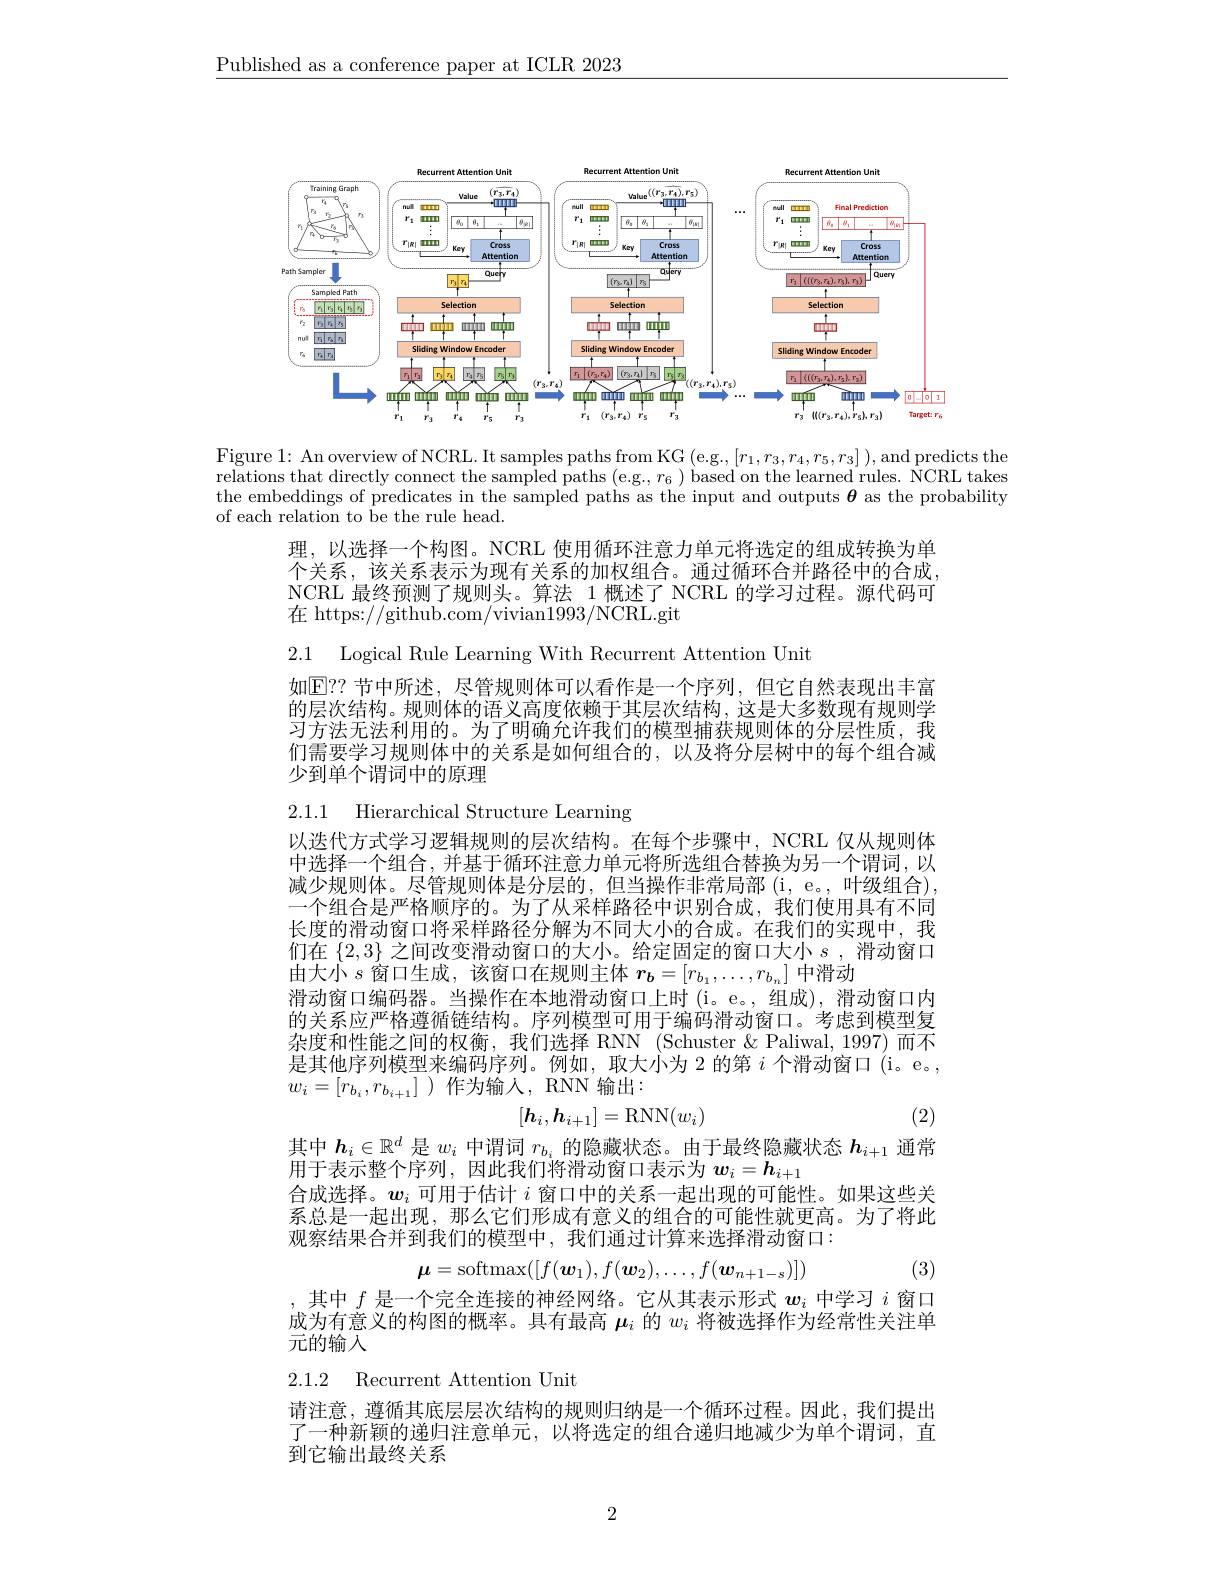
$\underline{\text{Published as a conference paper at ICLR 2023}}$

<FigureHere>

relations that directly connect the sampled paths (e.g., $r_6)$ based on the learned rules. NCRL takes the embeddings of predicates in the sampled paths as the input and outputs $\boldsymbol{\theta}$ as the probability of each relation to be the rule head.

理，以选择一个构图。NCRL 使用循环注意力单元将选定的组成转换为单个关系，该关系表示为现有关系的加权组合。通过循环合并路径中的合成NCRL 最终预测了规则头。算法 1 概述了 NCRL 的学习过程。源代码可在 https://github.com/vivian1993/NCRL.git

2.1 Logical Rule Learning With Recurrent Attention Unit

如$\mathbb{E}??$ 节中所述，尽管规则体可以看作是一个序列，但它自然表现出丰富的层次结构。规则体的语义高度依赖于其层次结构，这是大多数现有规则学习方法无法利用的。为了明确允许我们的模型捕获规则体的分层性质，我们需要学习规则体中的关系是如何组合的，以及将分层树中的每个组合减少到单个谓词中的原理

2.1.1 Hierarchical Structure Learning
以迭代方式学习逻辑规则的层次结构。在每个步骤中，NCRL 仅从规则体中选择一个组合，并基于循环注意力单元将所选组合替换为另一个谓词，以减少规则体。尽管规则体是分层的，但当操作非常局部(i,e。,叶级组合), 一个组合是严格顺序的。为了从采样路径中识别合成，我们使用具有不同长度的滑动窗口将采样路径分解为不同大小的合成。在我们的实现中，我们在$\{2,3\}$之间改变滑动窗口的大小。给定固定的窗口大小$s$,滑动窗口由大小$s$窗口生成，该窗口在规则主体$\boldsymbol r_{\boldsymbol{b}}=[r_{b_1},\ldots,r_{b_n}]$中滑动
滑动窗口编码器。当操作在本地滑动窗口上时(i。e。,组成),滑动窗口内的关系应严格遵循链结构。序列模型可用于编码滑动窗口。考虑到模型复杂度和性能之间的权衡，我们选择 RNN (Schuster&Paliwal,1997) 而不是其他序列模型来编码序列。例如，取大小为 2 的第$i$个滑动窗口 (i。e。, $w_{i}=[r_{b_{i}},r_{b_{i+1}}]$)作为输入，RNN 输出：
$$[h_i,h_{i+1}]=\mathrm{RNN}(w_i)$$
其中$\boldsymbol{h}_i\in\mathbb{R}^d$是$w_i$中谓词$r_b_i$的隐藏状态。由于最终隐藏状态$h_i+1$通常

(2)

用于表示整个序列，因此我们将滑动窗口表示为$w_i=h_{i+1}$
合成选择。$w_i$可用于估计$i$窗口中的关系一起出现的可能性。如果这些关系总是一起出现，那么它们形成有意义的组合的可能性就更高。为了将此观察结果合并到我们的模型中，我们通过计算来选择滑动窗口：
$$\boldsymbol{\mu}=\mathrm{softmax}([f(\boldsymbol{w}_1),f(\boldsymbol{w}_2),\ldots,f(\boldsymbol{w}_{n+1-s})])$$
,其中$f$是一个完全连接的神经网络。它从其表示形式$w_i$中学习$i$窗口

(3)

成为有意义的构图的概率。具有最高$\mu_i$的$w_i$将被选择作为经常性关注单
元的输入
2.1.2 Recurrent Attention Unit

请注意，遵循其底层层次结构的规则归纳是一个循环过程。因此，我们提出了一种新颖的递归注意单元，以将选定的组合递归地减少为单个谓词，直到它输出最终关系

2